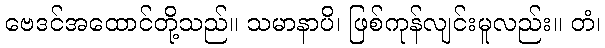
ဗေဒင်အထောင်တို့သည်။ သမာနာပိ၊ ဖြစ်ကုန်လျင်းမူလည်း။ တံ၊